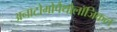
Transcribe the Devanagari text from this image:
अनाटोमोपैथोलॉजिकल